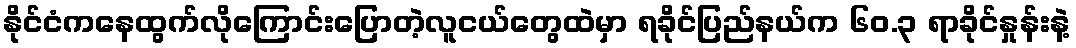
နိုင်ငံကနေထွက်လိုကြောင်းပြောတဲ့လူငယ်တွေထဲမှာ ရခိုင်ပြည်နယ်က ၆၀.၃ ရာခိုင်နှုန်းနဲ့